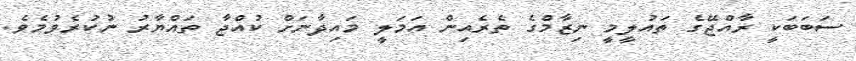
ސަބަބަކީ ރާއްޖޭގެ ތައުލީމީ ނިޒާމްގެ ތެރެއިން އަމަލީ މައިދާނަށް ކުއްޖާ ތައްޔާރު ނުކުރެވުމެވެ.